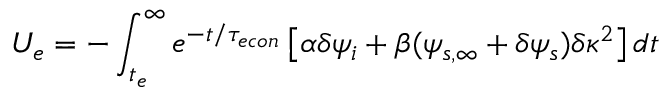
U _ { e } = - \int _ { t _ { e } } ^ { \infty } e ^ { - t / { \tau _ { e c o n } } } \left[ \alpha \delta \psi _ { i } + \beta ( \psi _ { s , \infty } + \delta \psi _ { s } ) \delta \kappa ^ { 2 } \right] d t